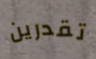
تقدرين